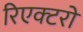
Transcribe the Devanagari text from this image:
रिएक्‍टरों